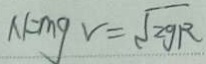
N = m g v = \sqrt { 2 g R }